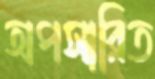
অপসারিত